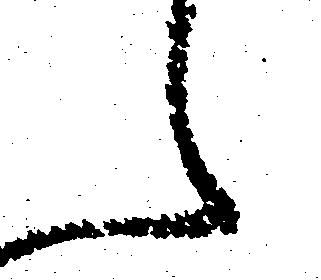
え